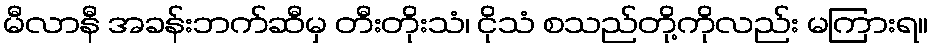
မီလာနီ အခန်းဘက်ဆီမှ တီးတိုးသံ၊ ငိုသံ စသည်တို့ကိုလည်း မကြားရ။